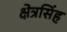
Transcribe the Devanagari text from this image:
क्षेत्रसिंह